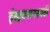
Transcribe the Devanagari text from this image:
इंस्ट्रक्शनसाठी